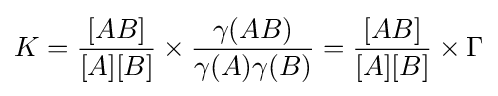
K={\frac {[AB]}{[A][B]}}\times {\frac {\gamma (AB)}{\gamma (A)\gamma (B)}}={\frac {[AB]}{[A][B]}}\times \Gamma